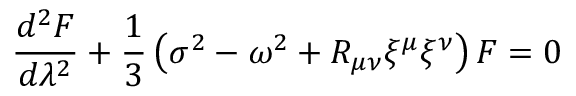
\frac { d ^ { 2 } F } { d \lambda ^ { 2 } } + \frac { 1 } { 3 } \left( \sigma ^ { 2 } - \omega ^ { 2 } + R _ { \mu \nu } \xi ^ { \mu } \xi ^ { \nu } \right) F = 0